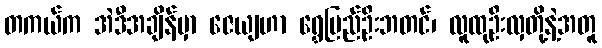
တကယ်က အဲဒီအချိန်မှာ ဇေယျဟာ ရွှေပြည်ဦးဘတင်၊ လူထုဦးလှတို့နဲ့အတူ